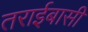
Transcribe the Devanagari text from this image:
तराईबासी